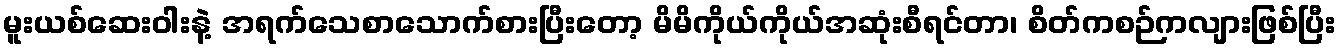
မူးယစ်ဆေးဝါးနဲ့ အရက်သေစာသောက်စားပြီးတော့ မိမိကိုယ်ကိုယ်အဆုံးစီရင်တာ၊ စိတ်ကစဉ်ကလျားဖြစ်ပြီး